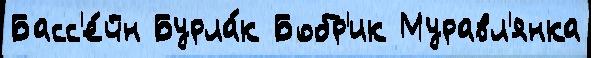
Басс'е́йн Бурла́к Бобр'ик Муравл'янка